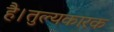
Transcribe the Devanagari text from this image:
है।तुल्यकारक